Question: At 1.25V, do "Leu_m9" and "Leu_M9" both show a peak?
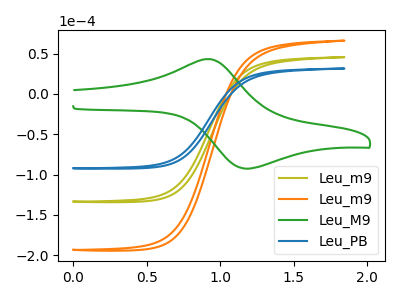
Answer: <think>The olive curve "Leu_m9" has no peaks. The orange curve "Leu_m9" has no peaks. The green curve "Leu_M9" has an anodic peak at (0.90V, 43.20uA) and a cathodic peak at (1.20V, -92.70uA). The blue curve "Leu_PB" has no peaks.</think>
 <answer>No, "Leu_m9" and "Leu_M9" dont share a peak at 1.25V.</answer>
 <eval>mismatch</eval>